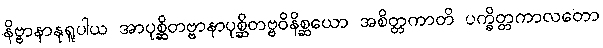
နိဗ္ဗာနာနုရူပါယ အာပုစ္ဆိတဗ္ဗာနာပုစ္ဆိတဗ္ဗဝိနိစ္ဆယော အစိတ္တကာတိ ပက္ခိတ္တကာလတော